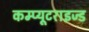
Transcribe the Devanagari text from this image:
कम्प्यूटराइज्ड